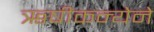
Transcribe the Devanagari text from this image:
ऋषीकन्येने